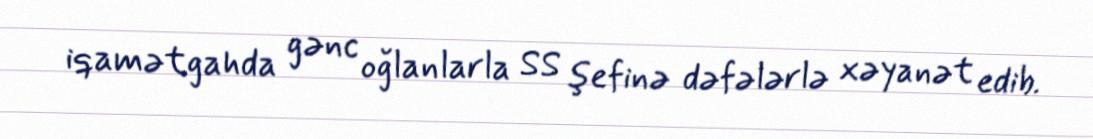
iqamətgahda gənc oğlanlarla SS şefinə dəfələrlə xəyanət edib.